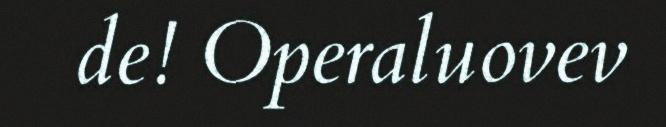
de! Operaluovev